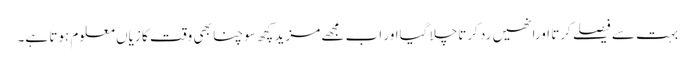
بہت سے فیصلے کرتا اورانھیں رد کرتاچلا گیااور اب مجھے مزید کچھ سوچنا بھی وقت کا زیاں معلوم ہوتا ہے۔